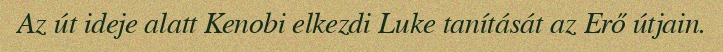
Az út ideje alatt Kenobi elkezdi Luke tanítását az Erő útjain.